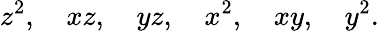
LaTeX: z^{2},\quad xz,\quad yz,\quad x^{2},\quad xy,\quad y^{2}.